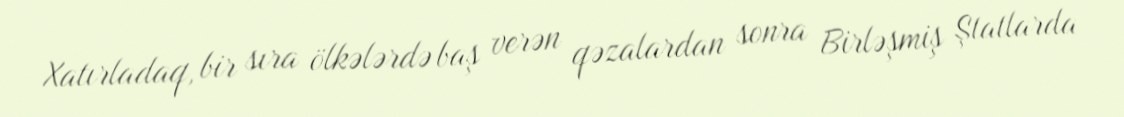
Xatırladaq, bir sıra ölkələrdə baş verən qəzalardan sonra Birləşmiş Ştatlarda